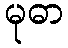
မုဓာ